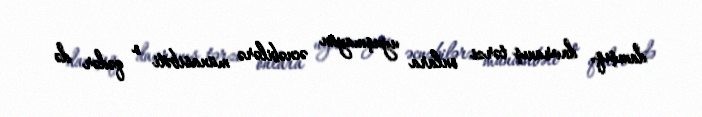
danışıq, davranış tərzi onlara uyuşmayan əcnəbilərə münasibəti o qədər də